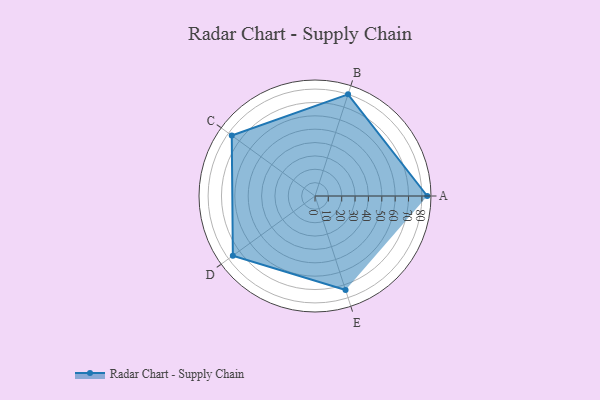
{"axis": {"x": "Skill", "y": "Score"}, "legend": ["Profile"], "data": [{"x": "A", "y": 84.0, "type": "Profile"}, {"x": "B", "y": 80.0, "type": "Profile"}, {"x": "C", "y": 77.0, "type": "Profile"}, {"x": "D", "y": 76.0, "type": "Profile"}, {"x": "E", "y": 74.0, "type": "Profile"}]}